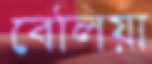
বেলিয়া